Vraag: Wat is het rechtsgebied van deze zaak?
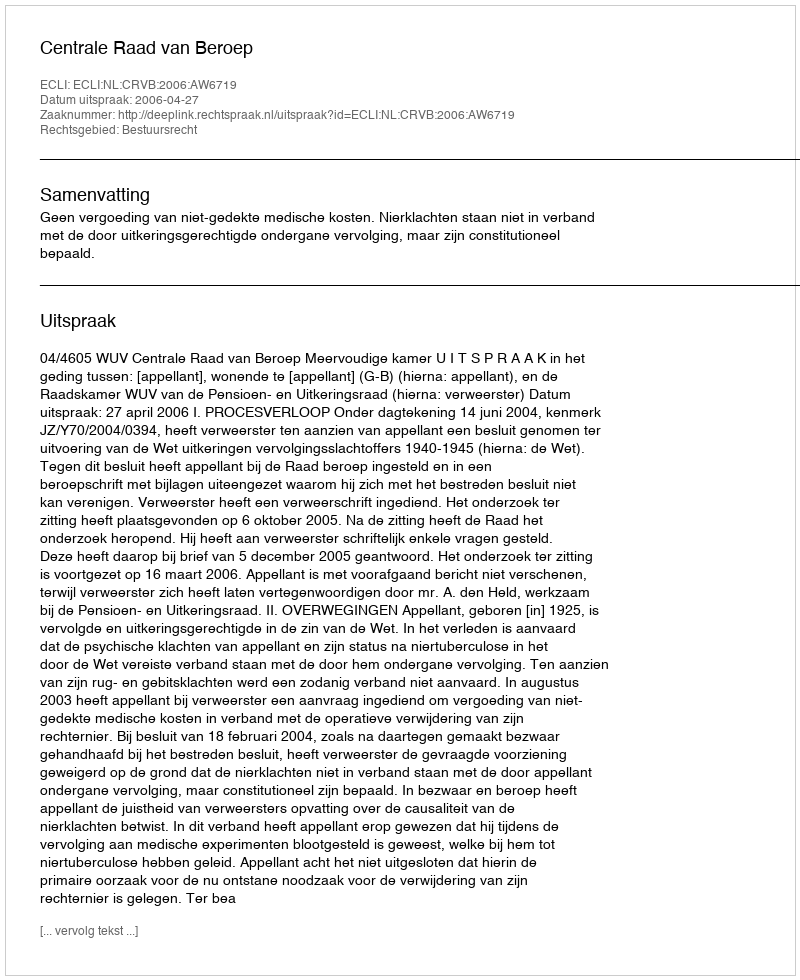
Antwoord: Bestuursrecht